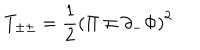
LaTeX: T _ { \pm \pm } = { \frac { 1 } { 2 } } \left( \Pi \mp \partial _ { - } \Phi \right) ^ { 2 }